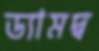
ড্যামদ্ব